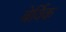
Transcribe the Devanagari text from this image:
बेर्विक